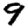
Digit: 9